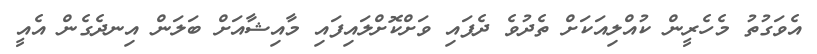
އެވަގުތު މެހެރީން ކުއްލިއަކަށް ތެދުވެ ދެފައި ވަށްކޮށްލައިފައި މާއިޝާއަށް ބަލަން އިނދެގެން އެއީ